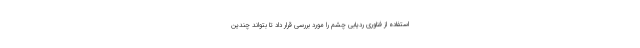
استفاده از فناوری ردیابی چشم را مورد بررسی قرار داد تا بتواند چندین